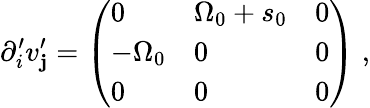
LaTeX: \partial_{i}^{\prime}v_{\mathbf{j}}^{\prime}=\left(\begin{array}{lll}{0}&{{\Omega}_{0}+s_{0}}&{0}\\ {-{\Omega}_{0}}&{0}&{0}\\ {0}&{0}&{0}\end{array}\right)\; ,